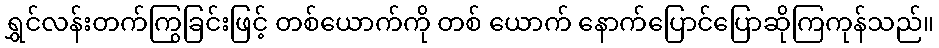
ရွှင်လန်းတက်ကြွခြင်းဖြင့် တစ်ယောက်ကို တစ် ယောက် နောက်ပြောင်ပြောဆိုကြကုန်သည်။